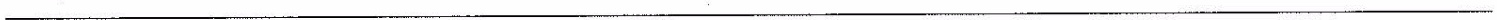
___